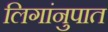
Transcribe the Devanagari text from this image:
लिगांनुपात